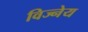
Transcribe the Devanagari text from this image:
विज्नेय